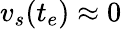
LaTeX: v_{s}(t_{e})\approx 0